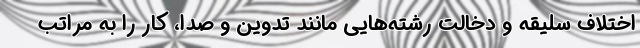
اختلاف سلیقه و دخالت رشته‌هایی مانند تدوین و صدا، کار را به مراتب